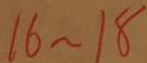
1 6 \sim 1 8